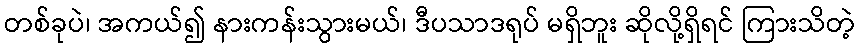
တစ်ခုပဲ၊ အကယ်၍ နားကန်းသွားမယ်၊ ဒီပသာဒရုပ် မရှိဘူး ဆိုလို့ရှိရင် ကြားသိတဲ့